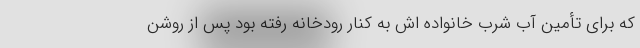
که برای تأمین آب شرب خانواده‌ اش به کنار رودخانه رفته بود پس از روشن